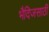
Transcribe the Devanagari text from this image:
भैदिजसाठी